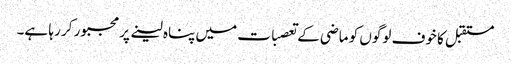
مستقبل کا خوف لوگوں کو ماضی کے تعصبات میں پناہ لینے پر مجبور کر رہا ہے۔